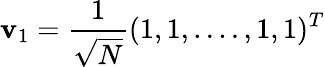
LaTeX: \mathbf{v}_{1}=\frac{1}{\sqrt{N}}(1,1,....,1,1)^{T}